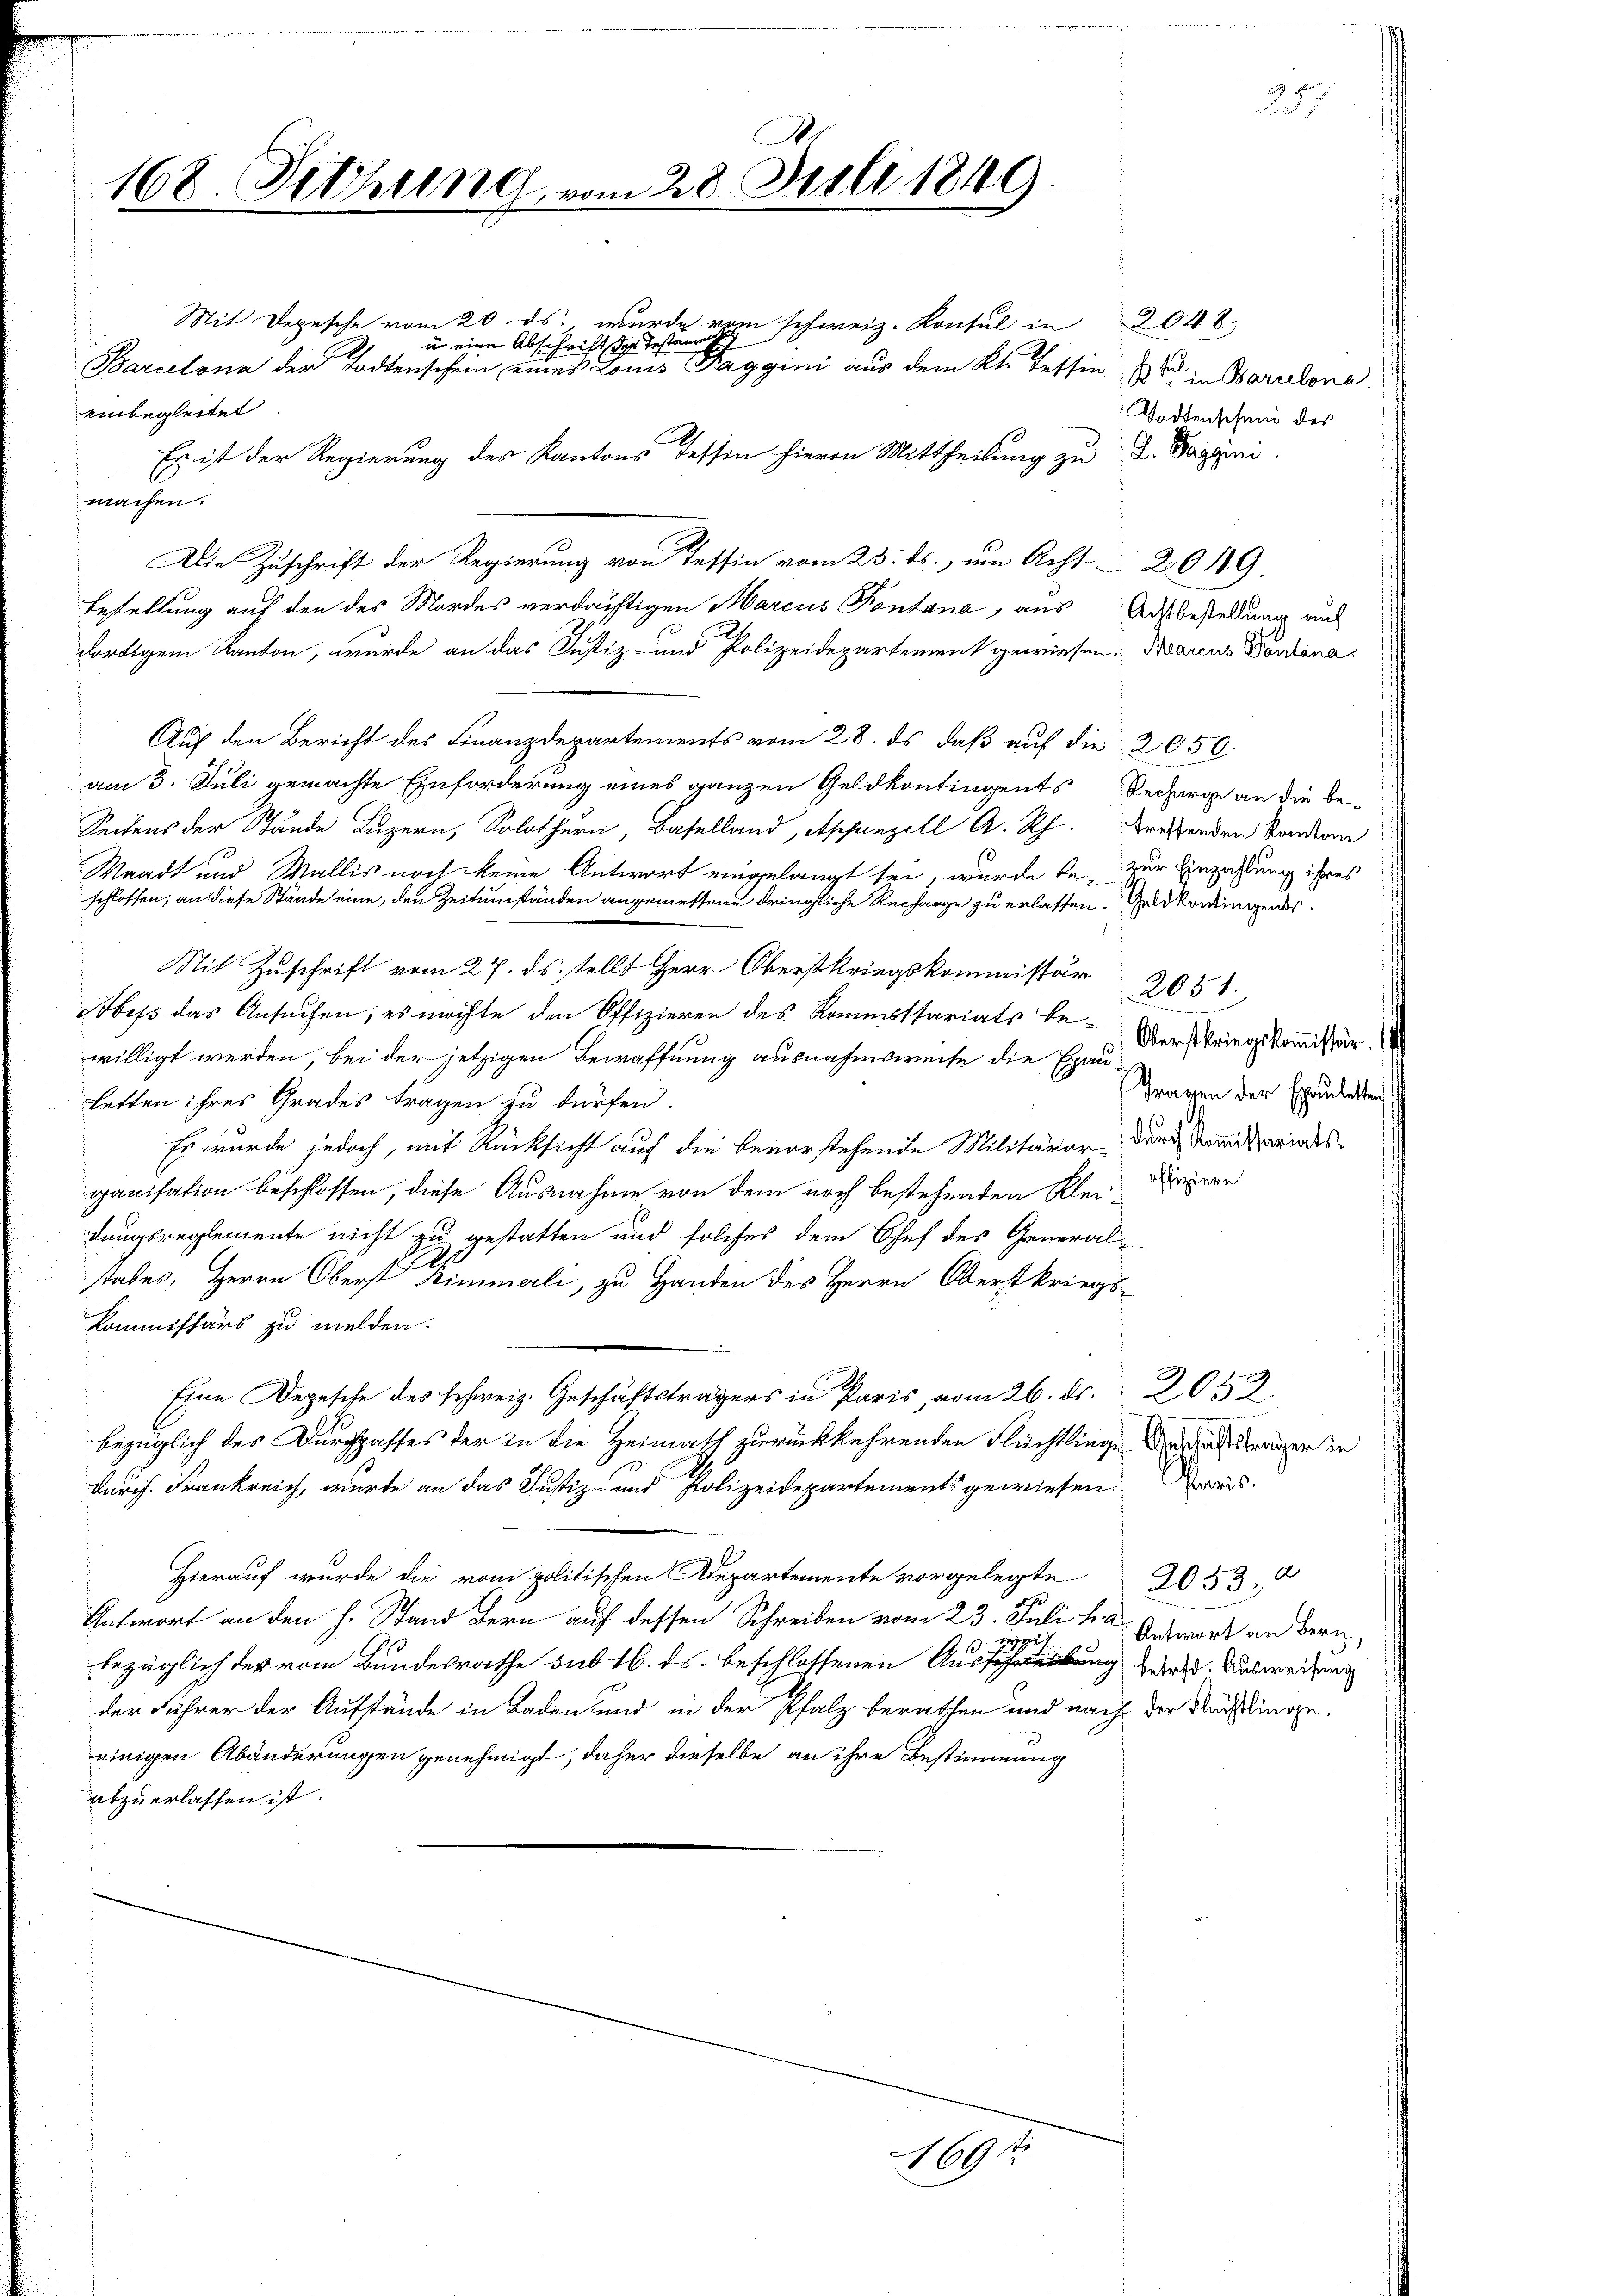
7

I
168. Setzung vom 28. Juli 1849.

einbegleitet
Es ist der Regierung des Kantons Tessin hievon Mittheilung zu D. Pageri
machen.
Die Zuschrift der Regierung von Tessin vom 25. ds., um Acht 20149.
Bestellung auf den des Mordes verdächtigen Marcus Pontana, aus Ausbestellung aus
dortigem Kanton, wurde an das Justiz- und Polizeidepartement gewiesen. Marcus Pontana
Auf den Bericht des Finanzdepartements vom 28. ds. daß auf die 2050.
am 3. Juli gemachte Einforderung eines ganzen Geldkontingents Besorge an die be¬
Seitens der Stände Luzern, Solothurn, Baselland, Appenzell A. Rh. Bresenden Standen
Waadt und Wallis noch keine Antwort eingelangt sei, wurde be-
schlossen, an diese Stände eine, den Zeitumständen angemessene dringliche Recharge zu erlassen. Geldkandingends
Mit Zuschrift vom 27. ds. stellt Herr Oberstkriegskommissär
Sbiss das Ansuchen, es möchte den Offizieren des Kommissariats be- Der Weingekommissär
willigt werden, bei der jetzigen Bewaffnung ausnahmsweise die Exau¬
Letten ihres Grades tragen zu dürfen.
Er wurde jedoch, mit Rücksicht auf die bevorstehende Militärar durch Sammtrindesganisation beschlossen, diese Ausnahme von dem noch bestehenden Kleidern
dungsreglemente nicht zu gestatten und solches dem Chef des General-
states, Herrn Oberst himmerli, zu Handen des Herrn Oberstkriegs-
Kommissärs zu melden.
Eine Depesche des schweiz. Geschäftsträgers in Paris vom 26. ds. 2052.
bezüglich des Durchgasses der in die Heimath zurückkehrenden Flüchtlinge daran eiger in
Durch. Frankreich, wurde an das Justiz- und Polizeidepartements gewiesen.
Hierauf wurde die vom politischen Departemente vorgelegte 2053.
ep
Antwort an den h. Stand Bern auf dessen Schreiben vom 23. Juli v. a. Antwort an Bern,
23 1882
bezüglich der vom Bundesrathe sub 16. ds. beschlossenen Ausschreibung zwei Ausweisung
der Führer der Aufstände in Baden und in der Pfalz berathen und nach der Rechtlinge.
einigen Abänderungen genehmigt, daher dieselbe an ihre Bestimmung
abzuerlassen ist.

Mit Depesche vom 20. ds., wurde vom schweiz. Konsul in 2048
u eine Abschrift des Testamente
Barcelona der Todtenschein eines Louis Faggini aus dem Kt. Tessin in Borelona

Todtenschein des

zur Einzahlung ihres

2051.
Tragen der Epauletten

Paris

1691